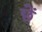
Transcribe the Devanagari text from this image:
छेँ